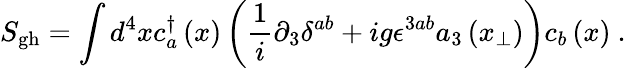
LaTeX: S_{\mathrm{gh}}=\int d^{4}xc_{a}^{\dagger}\left(x\right)\left(\frac{1}{i}\partial_{3}\delta^{ab}+ig\epsilon^{3ab}a_{3}\left(x_{\perp}\right)\right)c_{b}\left(x\right)\ .